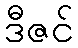
ဒီဇင်